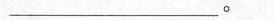
___。